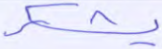
يشكر